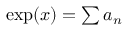
\textstyle \exp ( x ) = \sum a _ { n }